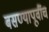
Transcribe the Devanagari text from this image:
बसण्यापूर्वीच